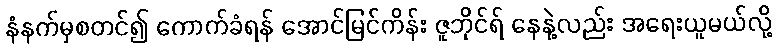
နံနက်မှစတင်၍ ကောက်ခံရန် အောင်မြင်ကိန်း ဇူဘိုင်ရ် နေနဲ့လည်း အရေးယူမယ်လို့